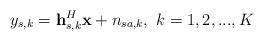
LaTeX: \begin{align*}y_{s,k}=\mathbf{h}_{s,k}^{H}\mathbf{x}+n_{sa,k},~k=1,2,...,K\end{align*}